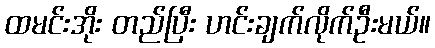
ထမင်းအိုး တည်ပြီး ဟင်းချက်လိုက်ဦးမယ်။